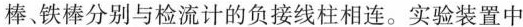
棒、铁棒分别与检流计的负接线柱相连。实验装置中